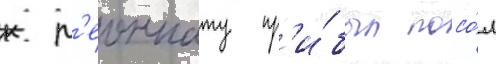
к л'еоннату пр'и́был посо́л